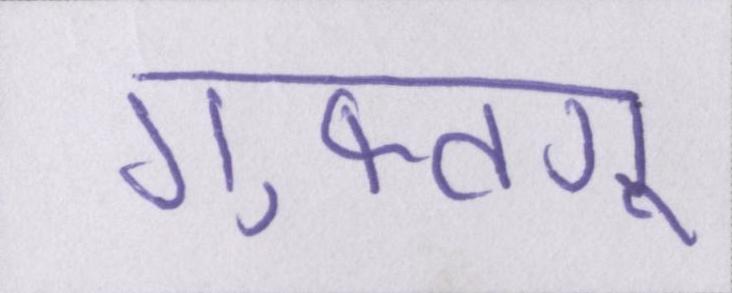
गुफ्तगू